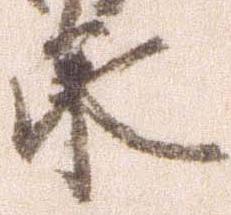
承